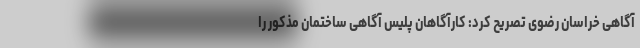
آگاهی خراسان رضوی تصریح کرد: کارآگاهان پلیس آگاهی ساختمان مذکور را